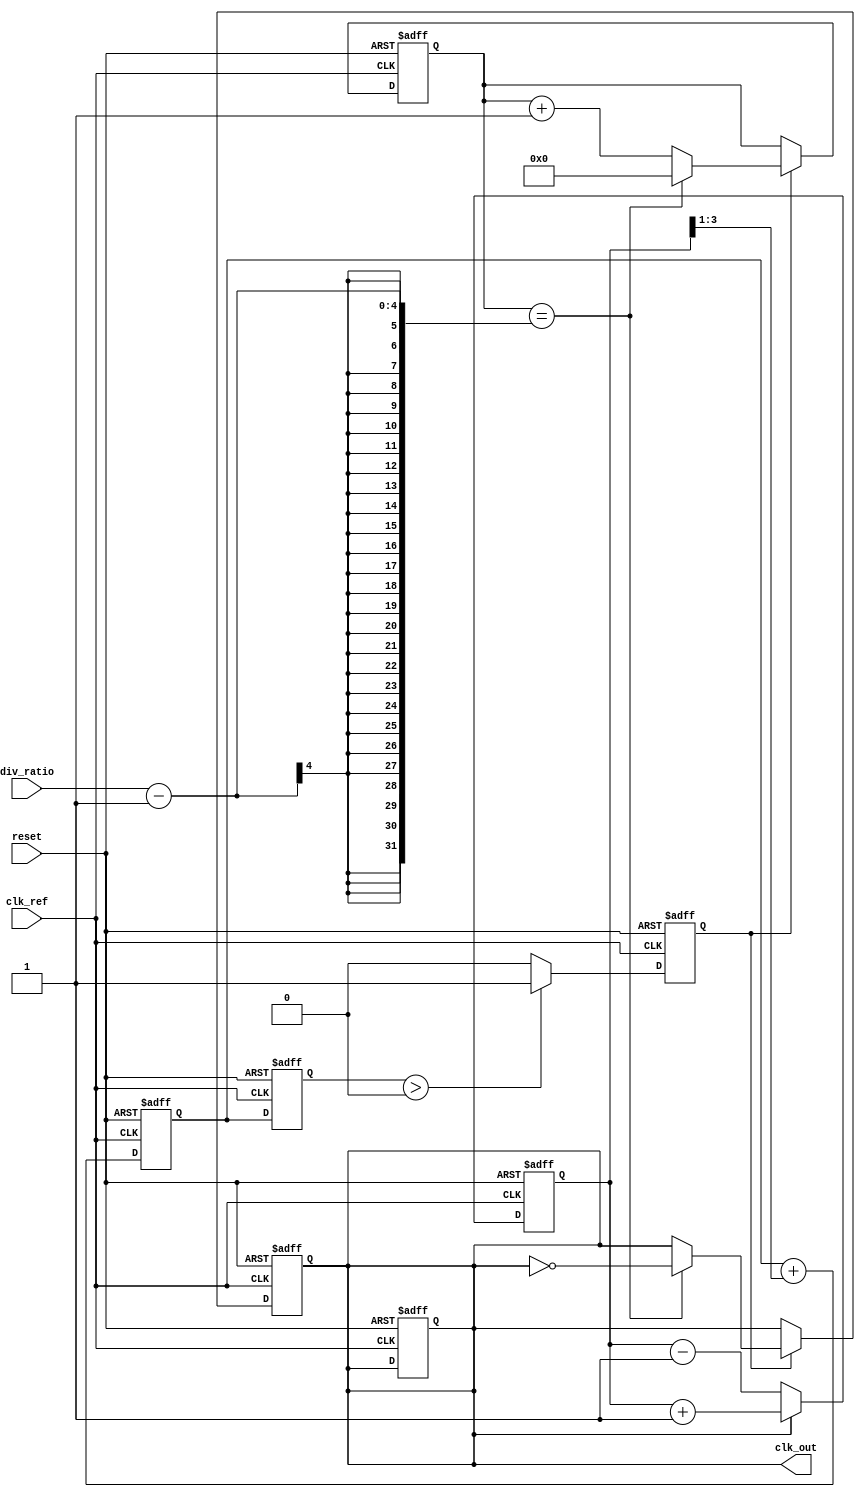
module low_jitter_pll (
    input wire clk_ref,        // Reference clock input
    input wire reset,          // Asynchronous reset
    output reg clk_out,        // Output clock signal
    input wire [3:0] div_ratio // Programmable division ratio
);

    // Parameters
    parameter N = 4;           // Default division ratio (can be changed)
    
    // Internal signals
    reg [3:0] phase_error;     // Phase error signal
    reg [3:0] control_voltage;  // Control voltage for VCO
    reg [3:0] vco_freq;        // VCO frequency
    reg [3:0] counter;         // Counter for frequency division
    reg vco_enable;            // VCO enable signal

    // Phase Detector (PD)
    always @(posedge clk_ref or posedge reset) begin
        if (reset) begin
            phase_error <= 0;
        end else begin
            // Simple PD implementation: Compare reference clock with output clock
            if (clk_out) begin
                phase_error <= phase_error + 1; // Increment error
            end else begin
                phase_error <= phase_error - 1; // Decrement error
            end
        end
    end

    // Loop Filter (LF)
    always @(posedge clk_ref or posedge reset) begin
        if (reset) begin
            control_voltage <= 0;
        end else begin
            // Simple first-order loop filter
            control_voltage <= control_voltage + (phase_error >> 1); // Adjust control voltage
        end
    end

    // Voltage-Controlled Oscillator (VCO)
    always @(posedge clk_ref or posedge reset) begin
        if (reset) begin
            vco_freq <= 0;
            clk_out <= 0;
            vco_enable <= 0;
        end else begin
            // VCO frequency tuning based on control voltage
            vco_freq <= control_voltage; // Simple mapping for demonstration
            if (vco_freq > 0) begin
                vco_enable <= 1; // Enable VCO if frequency is non-zero
            end else begin
                vco_enable <= 0; // Disable VCO if frequency is zero
            end
        end
    end

    // Frequency Divider
    always @(posedge clk_ref or posedge reset) begin
        if (reset) begin
            counter <= 0;
            clk_out <= 0;
        end else if (vco_enable) begin
            if (counter == (div_ratio - 1)) begin
                clk_out <= ~clk_out; // Toggle output clock
                counter <= 0;        // Reset counter
            end else begin
                counter <= counter + 1; // Increment counter
            end
        end
    end

endmodule